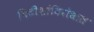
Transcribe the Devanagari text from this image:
ब्रिटीशांविरोधात